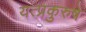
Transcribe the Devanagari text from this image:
यत्प्रकुरुषे